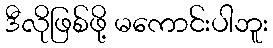
ဒီလိုဖြစ်ဖို့ မကောင်းပါဘူး